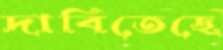
দাবিতেছে